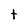
Character: t